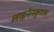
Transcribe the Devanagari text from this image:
लाइनेनकुगल